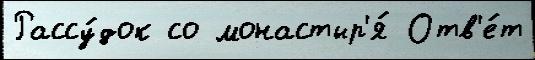
Рассу́док со монастыр'я́ Отв'е́т